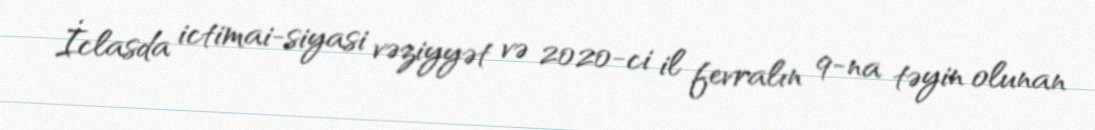
İclasda ictimai-siyasi vəziyyət və 2020-ci il fevralın 9-na təyin olunan